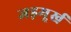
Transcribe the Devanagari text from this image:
जड़मूर्ख